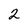
Character: 2